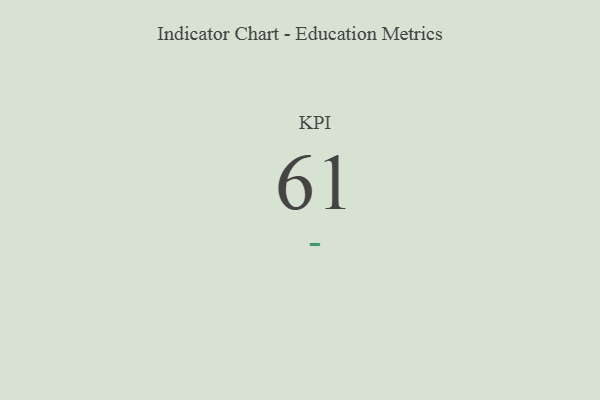
{"axis": {"x": "KPI", "y": "Value"}, "legend": [""], "data": [{"x": "KPI", "y": 61, "type": ""}]}